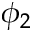
\phi _ { 2 }